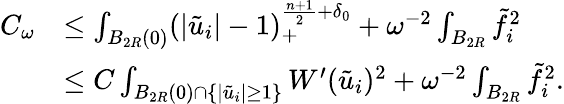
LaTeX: \begin{array}{rl}{C_{\omega}}&{\leq\int_{B_{2R}(0)}(|\tilde{u}_{i}|-1)_{+}^{\frac{n+1}{2}+\delta_{0}}+\omega^{-2}\int_{B_{2R}}\tilde{f}_{i}^{2}}\\ &{\leq C\int_{B_{2R}(0)\cap\{ |\tilde{u}_{i}|\geq 1\} }W^{\prime}(\tilde{u}_{i})^{2}+\omega^{-2}\int_{B_{2R}}\tilde{f}_{i}^{2}.}\end{array}